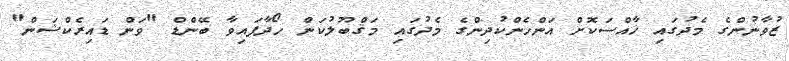
ޒުވާނުންގެ މެދުގައި ޚާއްސަކޮށް އަންހެންކުދިންގެ މެދުގައި މަޤްބޫލުކަން ހޯދާފައިވާ ބޭންޑް "ވަން ޑައިރެކްޝަން"